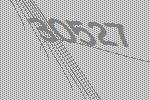
30527